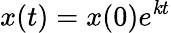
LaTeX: x(t)=x(0)e^{\mathit{k}t}